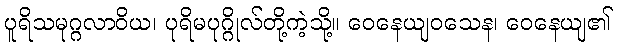
ပူရိသမုဂ္ဂလာဝိယ၊ ပုရိမပုဂ္ဂိုလ်တို့ကဲ့သို့။ ဝေနေယျဝသေန၊ ဝေနေယျ၏